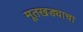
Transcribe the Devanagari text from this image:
मूतखड्याचा